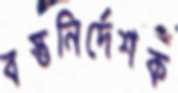
বস্তুনির্দেশক